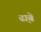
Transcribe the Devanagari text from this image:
ढा़बे